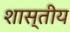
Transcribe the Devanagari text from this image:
शास्तीय